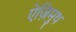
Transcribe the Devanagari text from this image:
ऐज़िमुथ